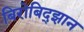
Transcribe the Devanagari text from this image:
बिरोबिद्झान